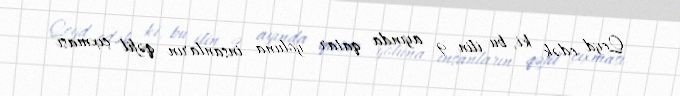
Qeyd edək ki, bu ilin 9 ayında qatar yoluna insanların qəfil çıxması